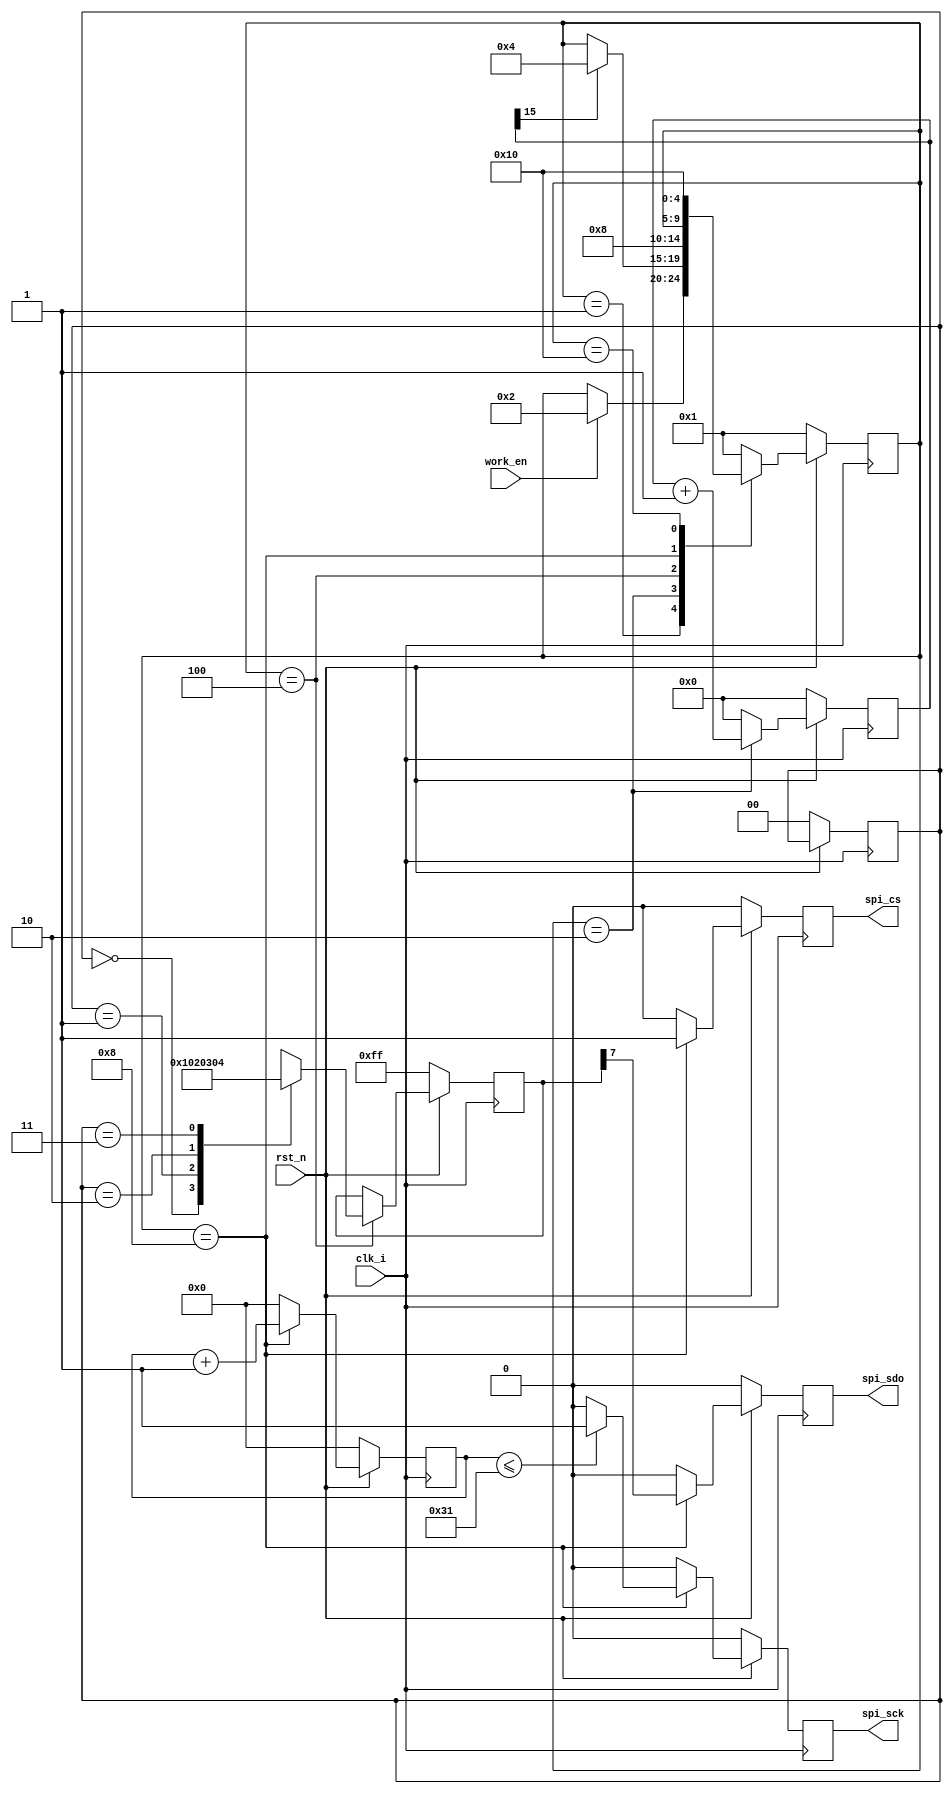
module spi_v1#(
	parameter                     SPI_FRE = 1_000_000,
	parameter                     CLK_FRE = 100_000_000
)(
	input                         clk_i,
	input                         rst_n,
	
	input                         work_en,
	output 						  spi_cs,
	output 						  spi_sck,
	output 						  spi_sdo
	//input 						  spi_sdi
    );
	localparam                 SCK_COUNT_Half = CLK_FRE/SPI_FRE;
	localparam                     IDLE = 5'b0_0001;
	localparam                	   WAIT = 5'b0_0010;
	localparam                 READ_MEM = 5'b0_0100;
	localparam                WRITE_REG = 5'b0_1000;
	localparam                     STOP = 5'b1_0000;
	
	localparam 				   REG0 = 8'h01;
	localparam 				   REG1 = 8'h02;
	localparam 				   REG2 = 8'h03;
	localparam 				   REG3 = 8'h04;
	
	reg [4:0]                 state;
	
	//FSM
	always @(posedge clk_i) begin
		if(!rst_n)
			state <= IDLE;
		else begin
			case(state)
				IDLE:
					if(work_en)
						state <= WAIT;
				WAIT:
					if(wait_end)
						state <= READ_MEM;
				READ_MEM:
					state <= WRITE_REG;
				WRITE_REG:
					if(shift_end == 1 && shift_all != 1)
						state <= WAIT;
					else if(shift_end == 1 && shift_all == 1)
						state <= STOP;
				STOP:
					state <= STOP;
				default:
					state <= IDLE;
			endcase
		end
	end
   
	wire wait_end;
	reg [15:0] wait_count_r;
	always @(posedge clk_i) begin
		if(!rst_n)
			wait_count_r <= 0;
		else if(state == WAIT)
			wait_count_r <= wait_count_r + 1;
		else 	
			wait_count_r <= 0;
	end	
	assign wait_end = wait_count_r[15];
	
	reg [7:0] shift_reg;
	always @(posedge clk_i) begin
		if(!rst_n)
			shift_reg <= 8'hff;
		else if(state == READ_MEM) 
				case(shift_counter_r)
					2'b00:    shift_reg <= REG0;
					2'b01:    shift_reg <= REG1;
					2'b10:    shift_reg <= REG2;
					2'b11:    shift_reg <= REG3;
					default:  shift_reg <= 0;
				endcase
		else if (state == WRITE_REG)
			if(sdo_change_w)
			shift_reg <= {shift_reg[6:0],1'b0};
	end
	
	wire shift_all;
	wire shift_end;
//	wire sck_half_w;

	reg [1:0] shift_counter_r;
	reg [2:0] send_num_counter_r;
	reg [5:0] spi_half_counter_r;
	always @(posedge clk_i) begin
		if(!rst_n)
			spi_half_counter_r <= 0;
		else if(state == WRITE_REG) begin
			if(spi_half_counter_r == SCK_COUNT_Half-1)
				spi_half_counter_r <= 0;
			else 	
				spi_half_counter_r <= spi_half_counter_r + 1;
		end
		else 
			spi_half_counter_r <= 0;
	end
//	assign sck_half_w = spi_half_counter_r == SCK_COUNT_Half-1;
	reg sck_r;
	always @(posedge clk_i) begin
		if(!rst_n)
			sck_r <= 0;
		else if(state == WRITE_REG) begin 
			if(spi_half_counter_r <= SCK_COUNT_Half/2-1)
				sck_r <= 1;
			else 
				sck_r <= 0;
		end
		else 
			sck_r <= 0;
	end
	assign spi_sck = sck_r;
	
	wire sdo_change_w;
	assign sdo_change_w = (spi_half_counter_r == SCK_COUNT_Half-1) ? 1'b1 : 1'b0;
	
	always @(posedge clk_i) begin
		if(!rst_n)
			send_num_counter_r <= 0;
		else if(state == WRITE_REG) begin
			if(sdo_change_w)
				send_num_counter_r <= send_num_counter_r + 1;
		end
		else 
			send_num_counter_r <= 0;
	end
	assign shift_end = (send_num_counter_r == 7 && sdo_change_w)? 1'b1 : 1'b0;
	
	always @(posedge clk_i) begin
		if(!rst_n)
			shift_counter_r <= 0;
		else if(shift_end)
			shift_counter_r <= shift_counter_r + 1;
	end
	assign shift_all = (shift_end && shift_counter_r == 3) ? 1'b1 : 1'b0;
	
	reg spi_cs_r;
	always @(posedge clk_i) begin
		if(!rst_n)
			spi_cs_r <= 0;
		else if(state == WRITE_REG) 
			spi_cs_r <= 1;
		else 
			spi_cs_r <= 0;
	end
	assign spi_cs = spi_cs_r;
	reg sdo_r;
	assign spi_sdo = sdo_r;
	always @(posedge clk_i) begin
		if(!rst_n)
			sdo_r <= 0;
		else if(state == WRITE_REG) begin
			sdo_r <= shift_reg[7];
		end
		else
			sdo_r <=  0;
	end
	
endmodule